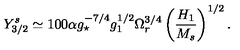
Y _ { 3 / 2 } ^ { s } \simeq 1 0 0 \alpha g _ { \star } ^ { - 7 / 4 } g _ { 1 } ^ { 1 / 2 } \Omega _ { r } ^ { 3 / 4 } \left( \frac { H _ { 1 } } { M _ { s } } \right) ^ { 1 / 2 } .